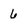
Character: 6